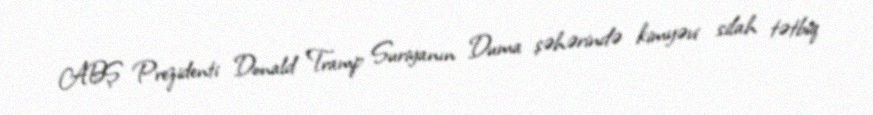
ABŞ Prezidenti Donald Tramp Suriyanın Duma şəhərində kimyəvi silah tətbiq